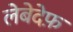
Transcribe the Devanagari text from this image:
लेबेदेफ़